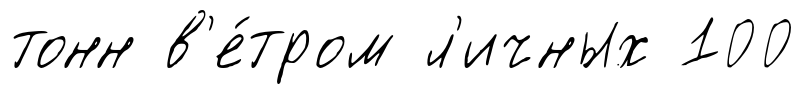
тонн в'е́тром л'ичных 100